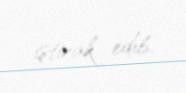
iştirak edib.